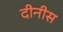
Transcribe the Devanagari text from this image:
दीनीस